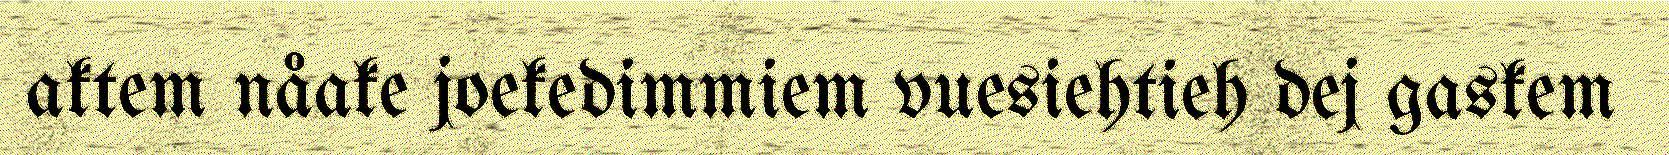
aktem nåake joekedimmiem vuesiehtieh dej gaskem